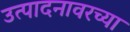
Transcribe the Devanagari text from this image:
उत्पादनावरच्या